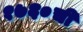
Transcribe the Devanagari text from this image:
१७६०ची